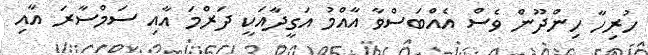
ހުރިހާ ހިންދޫން ވެސް އެއްބަސްވާ އާއްމު އަގީދާއަކީ ދަރްމަ އާއި ސަމްސާރަ އާއި